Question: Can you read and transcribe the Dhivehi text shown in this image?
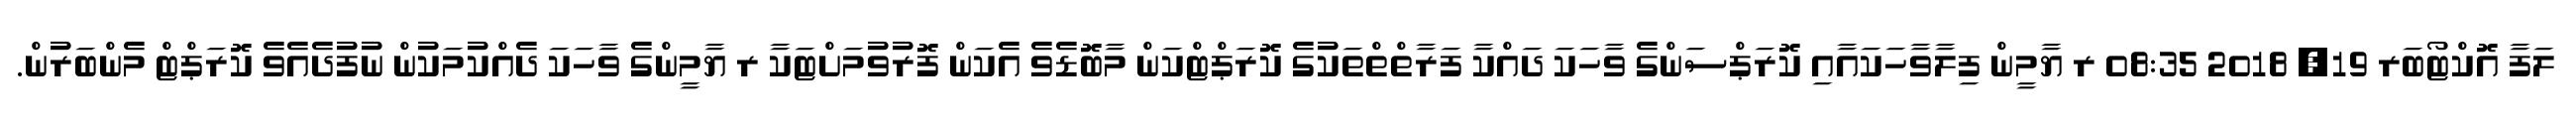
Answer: ލަފާ އޮކްޓޯބަރ 19, 2018 08:35 ރ ޔާމީން ފިލާވާހަކައާއި ކޮރަޕްސަންގެ ވާހަކަ ދައްކާ ފަރާތްތްތަކުގެ ކޮރަޕްޓްކަން މާބޮޑެވެ އެކަން ފޮރުވުމަށްޓަކާ ރ ޔާމީންގެ ވާހަކަ ދެއްކުމަކުން ނުފުދެއެވެ ކޮރަޕްޓް މެންބަރުން.